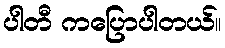
ပါတီ ကပြောပါတယ်။